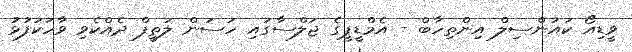
ވީޑިއޯ ކައުންސިލް އިންތިހާބް - އެމްޑީޕީގެ ޖަލްސާގައި ހަސަން ލަތީފް ދެއްކެވި ވާހަކަފުޅު